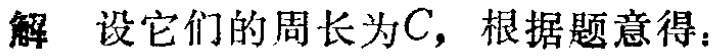
解 设它们的周长为\(C\)，根据题意得：